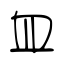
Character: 皿